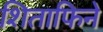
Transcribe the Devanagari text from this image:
शिताफिने